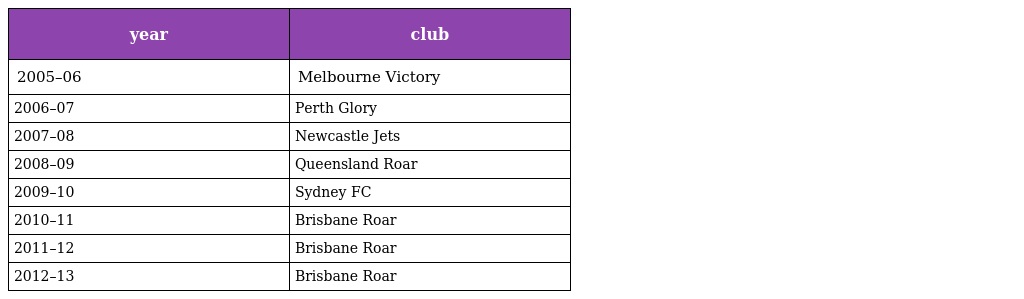
| year | club |
 | --- | --- |
 | 2005–06 | Melbourne Victory |
 | 2006–07 | Perth Glory |
 | 2007–08 | Newcastle Jets |
 | 2008–09 | Queensland Roar |
 | 2009–10 | Sydney FC |
 | 2010–11 | Brisbane Roar |
 | 2011–12 | Brisbane Roar |
 | 2012–13 | Brisbane Roar |